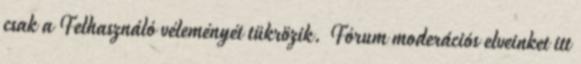
csak a Felhasználó véleményét tükrözik. Fórum moderációs elveinket itt